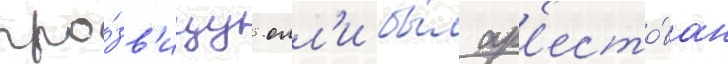
про́зв'ищу олл'и бы́л ар'есто́ван